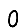
Digit: 0